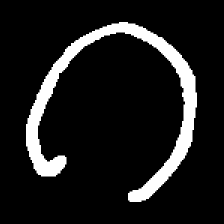
Pyu character \u2014 Myanmar letter: ဂ (romanized: ga)